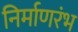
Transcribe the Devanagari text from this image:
निर्माणरंभ